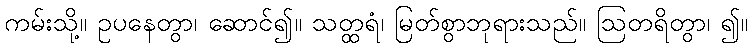
ကမ်းသို့။ ဥပနေတွာ၊ ဆောင်၍။ သတ္ထရံ၊ မြတ်စွာဘုရားသည်။ ဩတရိတွာ၊ ၍။